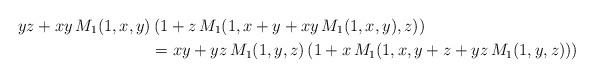
LaTeX: \begin{align*}yz+xy\, M_1(1,x,y)&\left(1+z\, M_1(1,x+y+xy\, M_1(1,x,y),z)\right)\\&= xy+yz\, M_1(1,y,z)\left(1+x\, M_1(1,x,y+z+yz\, M_1(1,y,z))\right)\end{align*}